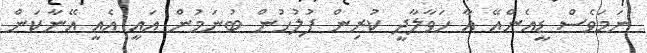
ނަމަވެސް ޑީއެންއޭ އާ ހަވާލާދީ ކުރިން ފުލުހުން ބުނަމުން އައީ އެއީ އޭނާކަން